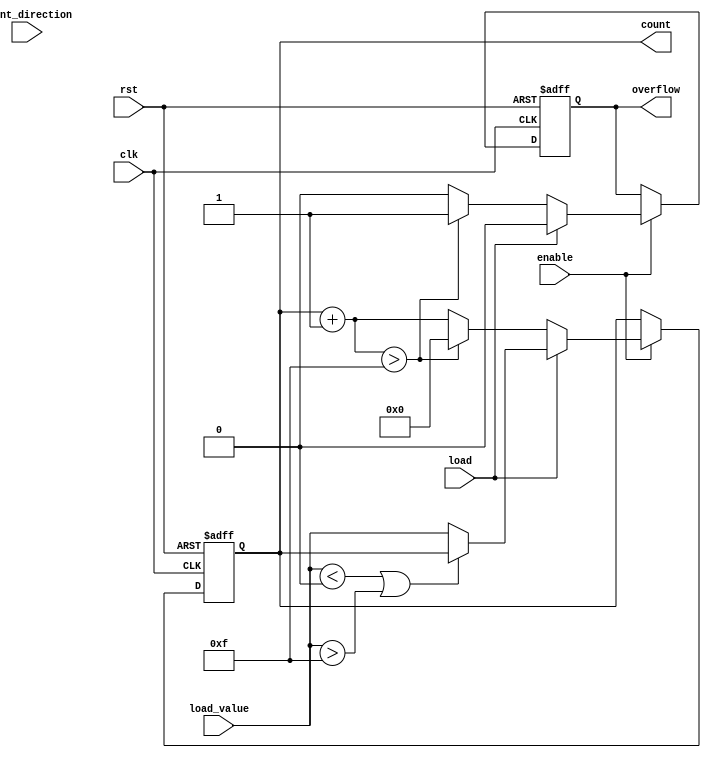
module parameterized_counter #(
    parameter WIDTH = 4,                // Bit width of the counter
    parameter MIN_VALUE = 0,            // Minimum count value
    parameter MAX_VALUE = (1 << WIDTH) - 1, // Maximum count value
    parameter COUNT_MODE = 0             // 0: Count Up, 1: Count Down, 2: Up/Down
)(
    input wire clk,                      // Clock signal
    input wire rst,                      // Active-high reset
    input wire enable,                   // Enable counting
    input wire count_direction,          // Count direction (used in Up/Down mode)
    input wire load,                     // Load signal
    input wire [WIDTH-1:0] load_value,  // Value to load into the counter
    output reg [WIDTH-1:0] count,       // Current count value
    output reg overflow                  // Overflow signal
);

    // Register to hold the next count value
    reg [WIDTH-1:0] next_count;

    always @(posedge clk or posedge rst) begin
        if (rst) begin
            count <= MIN_VALUE;           // Reset to minimum value
            overflow <= 0;                // Reset overflow
        end else if (!enable) begin
            // Retain current value if not enabled
            count <= count;
        end else if (load) begin
            // Load new value if load signal is active
            if (load_value < MIN_VALUE || load_value > MAX_VALUE) begin
                // If load_value is out of bounds, retain current count
                next_count = count;
            end else begin
                next_count = load_value;   // Load the new value
            end
            count <= next_count;
            overflow <= 0;                // Reset overflow
        end else begin
            // Counting logic based on COUNT_MODE
            case (COUNT_MODE)
                0: begin // Count Up
                    next_count = count + 1;
                    if (next_count > MAX_VALUE) begin
                        next_count = MIN_VALUE; // Wrap around
                        overflow <= 1;          // Set overflow
                    end else begin
                        overflow <= 0;          // No overflow
                    end
                end
                1: begin // Count Down
                    next_count = count - 1;
                    if (next_count < MIN_VALUE) begin
                        next_count = MAX_VALUE; // Wrap around
                        overflow <= 1;          // Set overflow
                    end else begin
                        overflow <= 0;          // No overflow
                    end
                end
                2: begin // Up/Down Mode
                    if (count_direction) begin
                        next_count = count + 1;
                        if (next_count > MAX_VALUE) begin
                            next_count = MIN_VALUE; // Wrap around
                            overflow <= 1;          // Set overflow
                        end else begin
                            overflow <= 0;          // No overflow
                        end
                    end else begin
                        next_count = count - 1;
                        if (next_count < MIN_VALUE) begin
                            next_count = MAX_VALUE; // Wrap around
                            overflow <= 1;          // Set overflow
                        end else begin
                            overflow <= 0;          // No overflow
                        end
                    end
                end
                default: begin
                    next_count = count; // Default case, retain count
                    overflow <= 0;      // No overflow
                end
            endcase
            count <= next_count; // Update count
        end
    end
endmodule